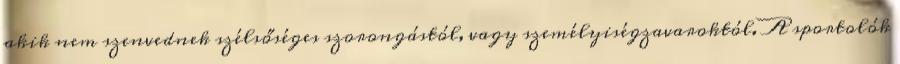
akik nem szenvednek szélsőséges szorongástól, vagy személyiségzavaroktól. A sportolók